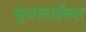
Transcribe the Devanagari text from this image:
सुधाताईंच्या